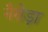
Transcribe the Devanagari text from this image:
नैरोड़ा